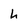
Character: h